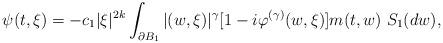
LaTeX: \begin{align*}\psi(t,\xi) = - c_1 |\xi|^{2k}\int_{\partial B_{1}} |(w,\xi)|^\gamma [1-i\varphi^{(\gamma)}(w,\xi)] m(t,w)~S_{1}(dw),\end{align*}